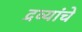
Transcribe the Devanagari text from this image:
द्रव्यांचे